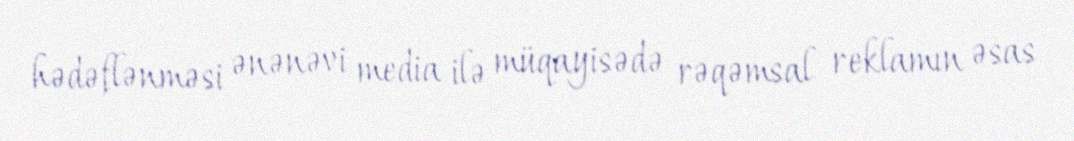
hədəflənməsi ənənəvi media ilə müqayisədə rəqəmsal reklamın əsas